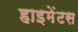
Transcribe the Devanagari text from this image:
हाइमेंटस